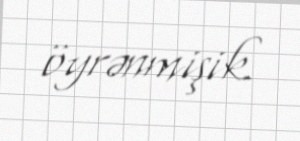
öyrənmişik.